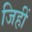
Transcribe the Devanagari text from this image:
जिहीं